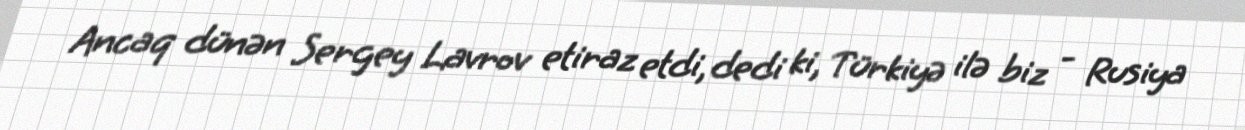
Ancaq dünən Sergey Lavrov etiraz etdi, dedi ki, Türkiyə ilə biz - Rusiya